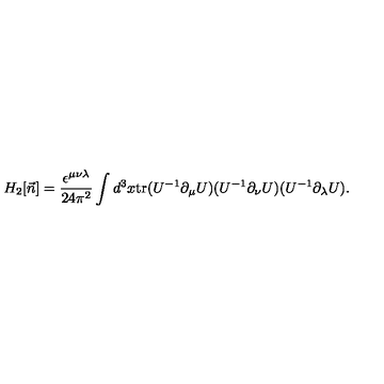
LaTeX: H _ { 2 } [ \vec { n } ] = \frac { \epsilon ^ { \mu \nu \lambda } } { 2 4 \pi ^ { 2 } } \int d ^ { 3 } x \mathrm { t r } ( U ^ { - 1 } \partial _ { \mu } U ) ( U ^ { - 1 } \partial _ { \nu } U ) ( U ^ { - 1 } \partial _ { \lambda } U ) .